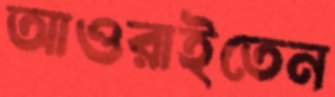
আওরাইতেন